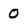
Character: 0